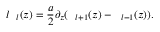
l \textit { \xi } _ { l } ( z ) = \frac { a } { 2 } \partial _ { z } ( \textit { \xi } _ { l + 1 } ( z ) - \textit { \xi } _ { l - 1 } ( z ) ) .